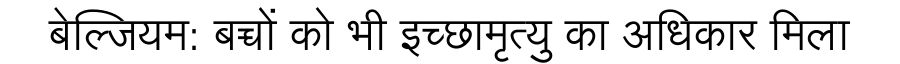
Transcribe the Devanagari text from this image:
बेल्जियम: बच्चों को भी इच्छामृत्यु का अधिकार मिला